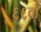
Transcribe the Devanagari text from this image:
६६वाँ